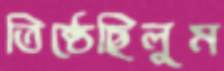
তিষ্ঠেছিলুম